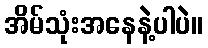
အိမ်သုံးအနေနဲ့ပါပဲ။